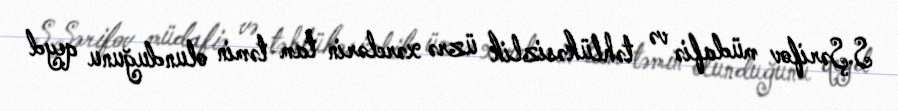
S.Şərifov müdafiə və təhlükəsizlik üzrə xərclərin tam təmin olunduğunu qeyd